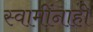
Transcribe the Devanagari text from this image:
स्वामींनाही